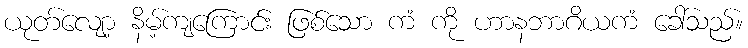
ယုတ်လျော့ နိမ့်ကျကြောင်း ဖြစ်သော ကံ ကို ဟာနဘာဂိယကံ ခေါ်သည်။